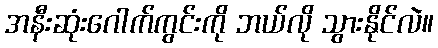
အနီးဆုံးဂေါက်ကွင်းကို ဘယ်လို သွားနိုင်လဲ။